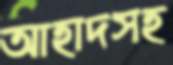
আহাদসহ